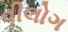
વીલોગ